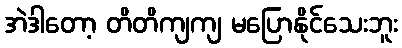
အဲဒါတော့ တိတိကျကျ မပြောနိုင်သေးဘူး